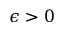
\epsilon > 0